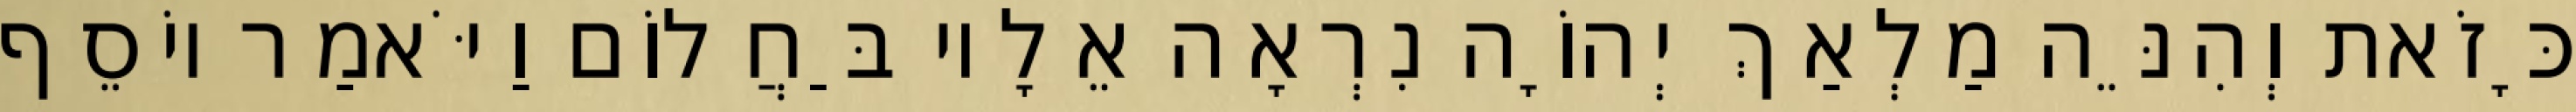
כָּזֹאת וְהִנֵּה מַלְאַךְ יְהוָֹה נִרְאָה אֵלָיו בַּחֲלוֹם וַיֹּאמַר יוֹסֵף